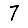
Digit: 7